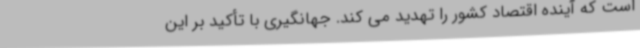
است که آینده اقتصاد کشور را تهدید می کند. جهانگیری با تأکید بر این